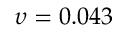
\upsilon = 0 . 0 4 3